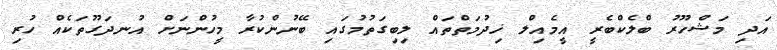
އަދި މަޝްހޫރު ބްލެކްބެރީ އީމެއިލް ޚިދުމަތްތައް ލިބިގަތުމުގައި ބޭނުންކުރާ މީހުންނަށް އުނދަގޫތަކެއް ހުރި